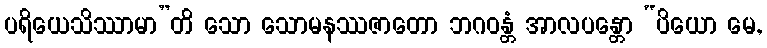
ပရိယေသိဿာမာ”တိ သော သောမနဿဇာတော ဘဂဝန္တံ အာလပန္တော “ပိယော မေ,